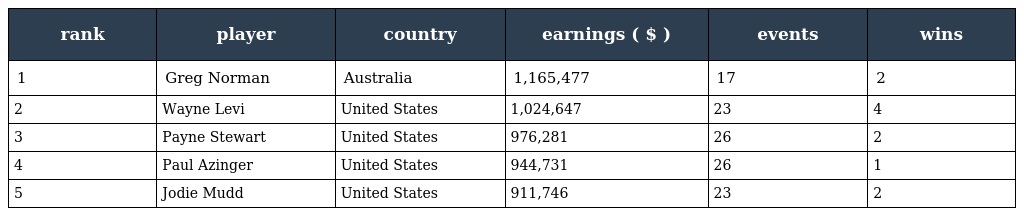
| rank | player | country | earnings ( $ ) | events | wins |
 | --- | --- | --- | --- | --- | --- |
 | 1 | Greg Norman | Australia | 1,165,477 | 17 | 2 |
 | 2 | Wayne Levi | United States | 1,024,647 | 23 | 4 |
 | 3 | Payne Stewart | United States | 976,281 | 26 | 2 |
 | 4 | Paul Azinger | United States | 944,731 | 26 | 1 |
 | 5 | Jodie Mudd | United States | 911,746 | 23 | 2 |